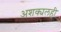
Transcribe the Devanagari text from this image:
अशक्यलही